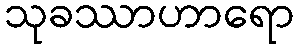
သုခဿာဟာရော